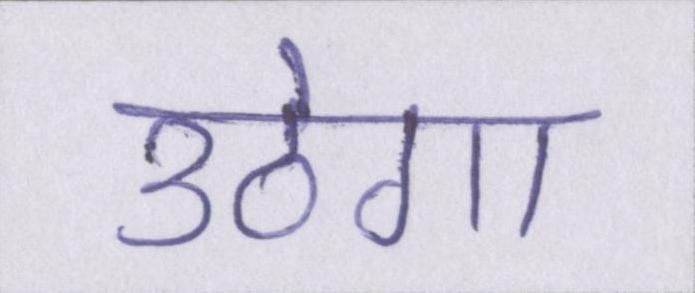
उठेगा